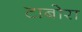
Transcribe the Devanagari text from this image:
टाबोरा